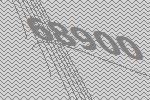
68900